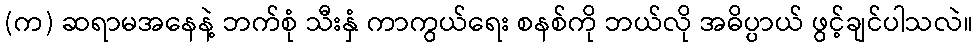
(က) ဆရာမအနေနဲ့ ဘက်စုံ သီးနှံ ကာကွယ်ရေး စနစ်ကို ဘယ်လို အဓိပ္ပာယ် ဖွင့်ချင်ပါသလဲ။